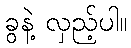
ခွနဲ့ လှည့်ပါ။